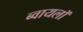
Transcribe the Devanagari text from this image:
ब्वायलॉ